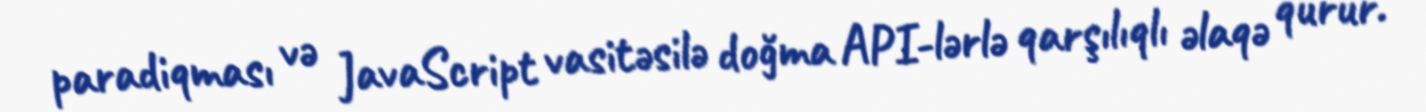
paradiqması və JavaScript vasitəsilə doğma API-lərlə qarşılıqlı əlaqə qurur.